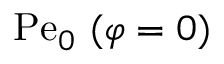
\mathrm { P e } _ { 0 } \ ( \varphi = 0 )